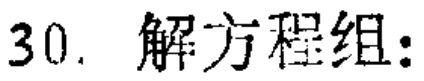
30. 解方程组：